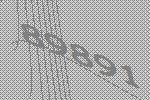
89891